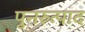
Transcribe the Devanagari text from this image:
पुनरुत्पाद